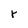
Character: r